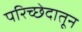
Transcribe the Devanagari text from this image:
परिच्छेदातून